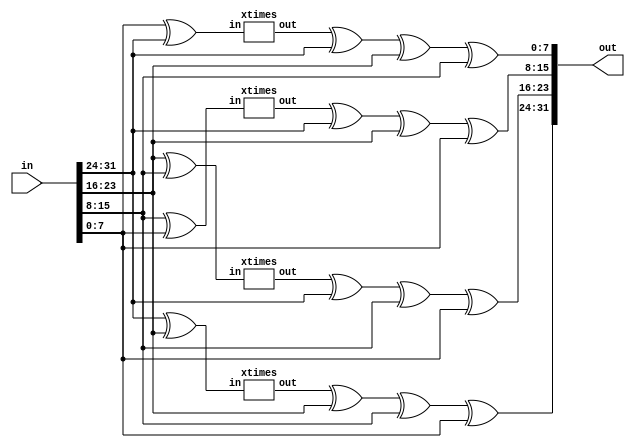
/*
 * Copyright 2018, Jiumao <brize_huang@163.com>
 *
 * Licensed under the Apache License, Version 2.0 (the "License");
 * you may not use this file except in compliance with the License.
 * You may obtain a copy of the License at
 *
 * http://www.apache.org/licenses/LICENSE-2.0
 *
 * Unless required by applicable law or agreed to in writing, software
 * distributed under the License is distributed on an "AS IS" BASIS,
 * WITHOUT WARRANTIES OR CONDITIONS OF ANY KIND, either express or implied.
 * See the License for the specific language governing permissions and
 * limitations under the License.
 */

module MIXCOLUNM (
    input   [31:0]  in  ,
    output  [31:0]  out  
);

wire    [7:0]       s0  ;
wire    [7:0]       s1  ;
wire    [7:0]       s2  ;
wire    [7:0]       s3  ;
wire    [7:0]       s0b ;
wire    [7:0]       s1b ;
wire    [7:0]       s2b ;
wire    [7:0]       s3b ;

assign {s0, s1, s2, s3} = in;

xtimes U1( .in(s0^s1), .out(s0b) );
xtimes U2( .in(s1^s2), .out(s1b) );
xtimes U3( .in(s2^s3), .out(s2b) );
xtimes U4( .in(s3^s0), .out(s3b) );

assign out[31:24] = s0b ^ s1 ^ s2 ^ s3;
assign out[23:16] = s1b ^ s0 ^ s2 ^ s3;
assign out[15:8]  = s2b ^ s0 ^ s1 ^ s3;
assign out[7:0]   = s3b ^ s0 ^ s1 ^ s2;

endmodule


module xtimes(
    input     [7:0]     in  ,
    output    [7:0]     out                 
);

assign out = (in[7] == 1'b0) ? (in << 1'b1) : ((in << 1'b1) ^ 8'h1b) ;

endmodule